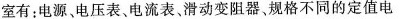
室有：电源、电压表、电流表、滑动变阻器、规格不同的定值电